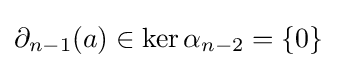
\partial _{n-1}(a)\in \ker \alpha _{n-2}=\{0\}